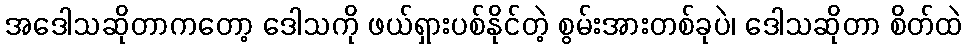
အဒေါသဆိုတာကတော့ ဒေါသကို ဖယ်ရှားပစ်နိုင်တဲ့ စွမ်းအားတစ်ခုပဲ၊ ဒေါသဆိုတာ စိတ်ထဲ